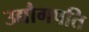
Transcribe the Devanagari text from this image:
उद्यौगपति